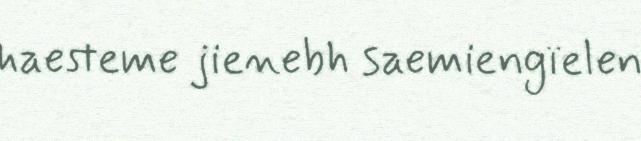
haesteme jienebh saemiengïelen